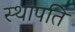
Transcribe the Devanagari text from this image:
स्‍थापति